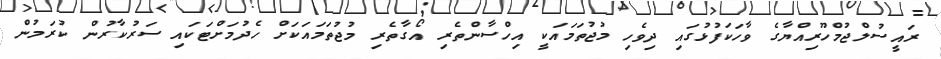
ރައީސުލްޖުމްހޫރިއްޔާގެ ވާހަކަފުޅުގައި ދިވެހި މުޖުތަމައަކީ އިހްސާންތެރި އޯގާތެރި މުޖުތަމައަކަށް ހެދުމަށްޓަކައި ސަރުކާރުން ކުރަމުން